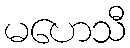
မဟေသီ